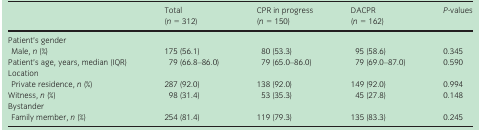
|  | Total (n = 312) | CPR in progress (n = 150) | DACPR (n = 162) | P‐values |
 | --- | --- | --- | --- | --- |
 | <COLSPAN=5> Patient's gender |
 | Male, n (%) | 175 (56.1) | 80 (53.3) | 95 (58.6) | 0.345 |
 | Patient's age, years, median (IQR) | 79 (66.8–86.0) | 79 (65.0–86.0) | 79 (69.0–87.0) | 0.590 |
 | <COLSPAN=5> Location |
 | Private residence, n (%) | 287 (92.0) | 138 (92.0) | 149 (92.0) | 0.994 |
 | Witness, n (%) | 98 (31.4) | 53 (35.3) | 45 (27.8) | 0.148 |
 | <COLSPAN=5> Bystander |
 | Family member, n (%) | 254 (81.4) | 119 (79.3) | 135 (83.3) | 0.245 |